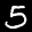
Label: 5